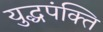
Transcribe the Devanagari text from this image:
युद्धपंक्ति